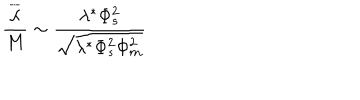
LaTeX: \frac { \overline { { \lambda } } } { M } \sim \frac { \lambda ^ { * } \Phi _ { s } ^ { 2 } } { \sqrt { \lambda ^ { * } \Phi _ { s } ^ { 2 } \Phi _ { m } ^ { 2 } } }